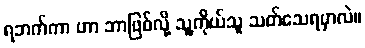
ရဘက်ကာ ဟာ ဘာဖြစ်လို့ သူ့ကိုယ်သူ သတ်သေရမှာလဲ။